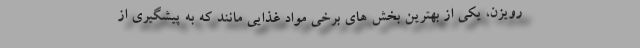
رویزن، یکی از بهترین بخش های برخی مواد غذایی مانند که به پیشگیری از